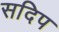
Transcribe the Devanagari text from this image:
सदिप